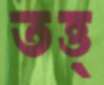
তত্ত্